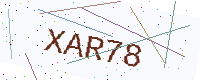
Text: XAR78